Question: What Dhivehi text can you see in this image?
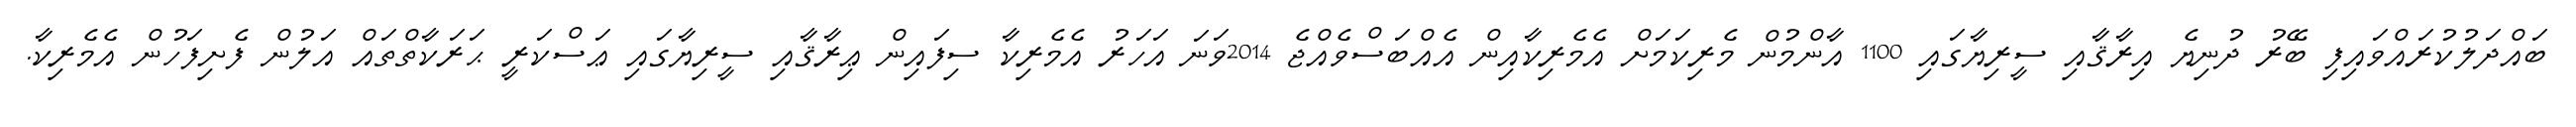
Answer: ބައްދަލުކުރައްވައިފި ބޭރު ދުނިޔެ އިރާޤާއި ސީރިޔާގައި 1100 އާންމުން މެރިކަމަށް އެމެރިކާއިން އެއްބަސްވެއްޖެ 2014ވަނަ އަހަރު އެމެރިކާ ސިފައިން ޢިރާޤާއި ސީރިޔާގައި ޢަސްކަރީ ޙަރަކާތްތައް އަލުން ފެށިފަހުން އެމެރިކާ.